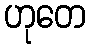
ဟုတေ